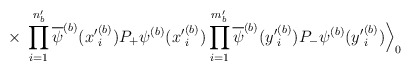
\begin{align*}\times\;\prod_{i=1}^{n^\prime_b} \overline{\psi}^{(b)}({x^\prime}^{(b)}_i) P_+ \psi^{(b)}({x^\prime}^{(b)}_i)\prod_{i=1}^{m^\prime_b} \overline{\psi}^{(b)}({y^\prime}^{(b)}_i) P_- \psi^{(b)}({y^\prime}^{(b)}_i) \Big\rangle_0\end{align*}